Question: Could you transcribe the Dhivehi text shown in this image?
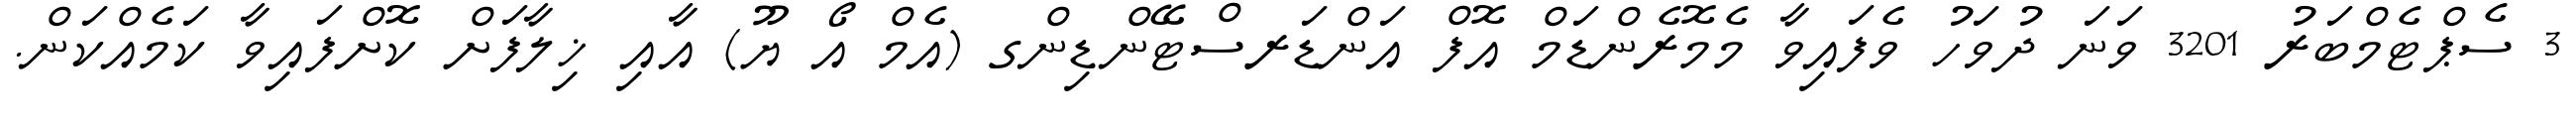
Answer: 3 ސެޕްޓެމްބަރު 3201 ވަނަ ދުވަހު ވެފައިވާ މެމޮރެންޑަމް އޮފް އަންޑަރސްޓޭންޑިންގ (އެމް އޯ ޔޫ) އާއި ޚިލާފަށް ކޮށްފައިވާ ކަމެއްކަން.